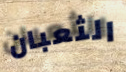
الثعبان